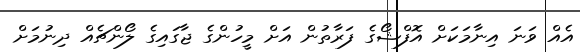
އެއް ވަނަ އިނާމަކަށް އޮފްޝޯގެ ފަރާތުން އަށް މީހުންގެ ޖާގައިގެ ލޯންޗެއް ދިނުމަށް